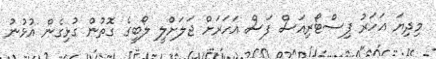
މިދިޔަ އަހަރު ޕިސްޓޯރިއަސް ފަސް އަހަރަށް ޖަލަށްލީ ލޯބީގެ ގޮތުން ގުޅިގެން އުޅުނު